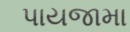
પાયજામા